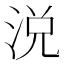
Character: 涚